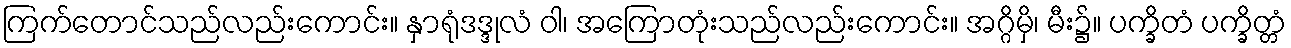
ကြက်တောင်သည်လည်းကောင်း။ နှာရုံဒဒ္ဒုလံ ဝါ၊ အကြောတုံးသည်လည်းကောင်း။ အဂ္ဂိမှိ၊ မီး၌။ ပက္ခိတံ ပက္ခိတ္တံ